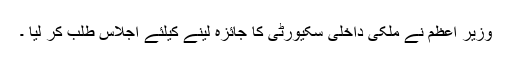
وزیر اعظم نے ملکی داخلی سکیورٹی کا جائزہ لینے کیلئے اجلاس طلب کر لیا ۔